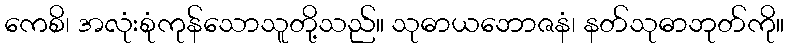
ကေစိ၊ အလုံးစုံကုန်သောသူတို့သည်။ သုဓာယဘောဇနံ၊ နတ်သုဓာဘုတ်ကို။